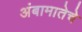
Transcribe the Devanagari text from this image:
अंबामातेचे